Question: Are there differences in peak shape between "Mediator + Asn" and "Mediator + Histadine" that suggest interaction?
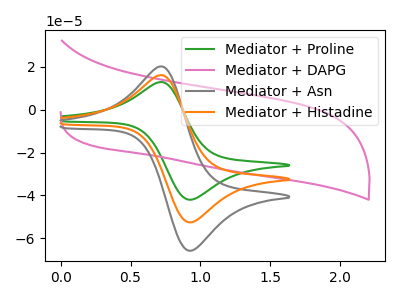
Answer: <think>The green curve "Mediator + Proline" has an anodic peak at (0.75V, 12.85uA) and a cathodic peak at (0.90V, -42.05uA). The pink curve "Mediator + DAPG" has no peaks. The gray curve "Mediator + Asn" has an anodic peak at (0.75V, 32.15uA) and a cathodic peak at (0.90V, -105.25uA). The orange curve "Mediator + Histadine" has an anodic peak at (0.75V, 16.05uA) and a cathodic peak at (0.90V, -52.60uA).
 All the peaks in "Mediator + Asn" have a peak in "Mediator + Histadine" at the same potential. Every peak in "Mediator + Asn" is higher than every peak in "Mediator + Histadine".</think>
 <answer>No, "Mediator + Asn" and "Mediator + Histadine" don't appear to be significantly different in shape</answer>
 <eval>no_change</eval>